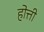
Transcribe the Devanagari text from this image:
होत्ती